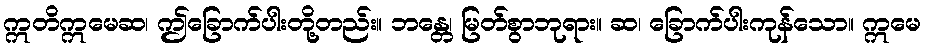
ဣတိဣမေဆ၊ ဤခြောက်ပါးတို့တည်း။ ဘန္တေ၊ မြတ်စွာဘုရား။ ဆ၊ ခြောက်ပါးကုန်သော။ ဣမေ